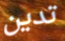
تدين